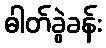
ဓါတ်ခွဲခန်း